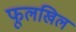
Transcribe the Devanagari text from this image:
फूलखिल